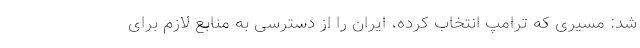
شد: مسیری که ترامپ انتخاب کرده، ایران را از دسترسی به منابع لازم برای